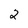
Character: 2